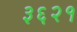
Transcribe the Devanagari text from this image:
३६२१